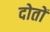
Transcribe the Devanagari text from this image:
दोतों